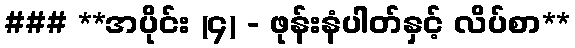
### **အပိုင်း (၄) - ဖုန်းနံပါတ်နှင့် လိပ်စာ**